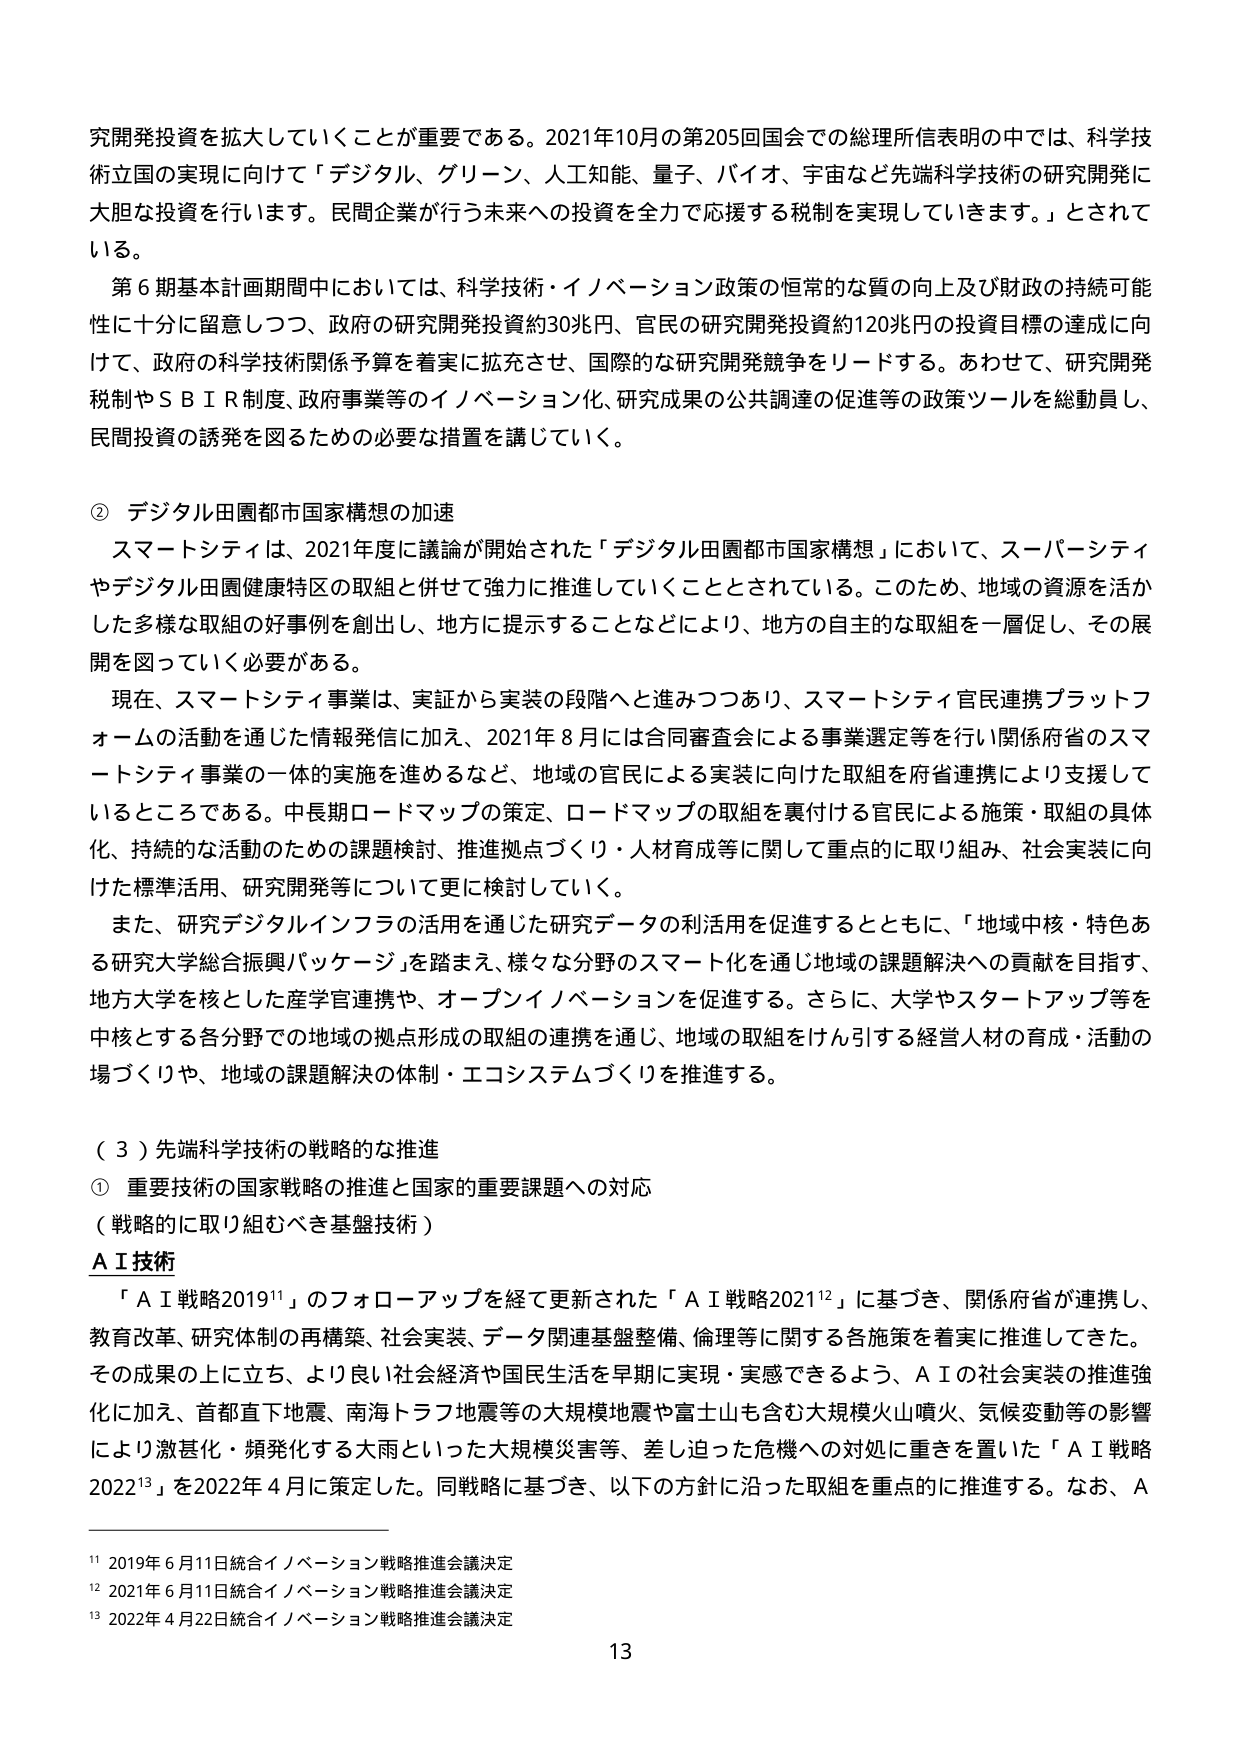
究開発投資を拡大していくことが重要である。2021年10月の第205回国会での総理所信表明の中では、科学技術立国の実現に向けて「デジタル、グリーン、人工知能、量子、バイオ、宇宙など先端科学技術の研究開発に大胆な投資を行います。民間企業が行う未来への投資を全力で応援する税制を実現していきます。」とされている。

第6期基本計画期間中においては、科学技術・イノベーション政策の恒常的な質の向上及び財政の持続可能性に十分に留意しつつ、政府の研究開発投資約30兆円、官民の研究開発投資約120兆円の投資目標の達成に向けて、政府の科学技術関係予算を着実に拡充させ、国際的な研究開発競争をリードする。あわせて、研究開発税制やＳＢＩＲ制度、政府事業等のイノベーション化、研究成果の公共調達の促進等の政策ツールを総動員し、民間投資の誘発を図るための必要な措置を講じていく。

② デジタル田園都市国家構想の加速

スマートシティは、2021年度に議論が開始された「デジタル田園都市国家構想」において、スーパーシティやデジタル田園健康特区の取組と併せて強力に推進していくこととされている。このため、地域の資源を活かした多様な取組の好事例を創出し、地方に提示することなどにより、地方の自主的な取組を一層促し、その展開を図っていく必要がある。

現在、スマートシティ事業は、実証から実装の段階へと進みつつあり、スマートシティ官民連携プラットフォームの活動を通じた情報発信に加え、2021年8月には合同審査会による事業選定等を行い関係府省のスマートシティ事業の一体的実施を進めるなど、地域の官民による実装に向けた取組を府省連携により支援しているところである。中長期ロードマップの策定、ロードマップの取組を裏付ける官民による施策・取組の具体化、持続的な活動のための課題検討、推進拠点づくり・人材育成等に関して重点的に取り組み、社会実装に向けた標準活用、研究開発等について更に検討していく。

また、研究デジタルインフラの活用を通じた研究データの利活用を促進するとともに、「地域中核・特色ある研究大学総合振興パッケージ」を踏まえ、様々な分野のスマート化を通じ地域の課題解決への貢献を目指す、地方大学を核とした産学官連携や、オープンイノベーションを促進する。さらに、大学やスタートアップ等を中核とする各分野での地域の拠点形成の取組の連携を通じ、地域の取組をけん引する経営人材の育成・活動の場づくりや、地域の課題解決の体制・エコシステムづくりを推進する。

（３）先端科学技術の戦略的な推進

① 重要技術の国家戦略の推進と国家的重要課題への対応

（戦略的に取り組むべき基盤技術）

ＡＩ技術

「ＡＩ戦略2019¹¹」のフォローアップを経て更新された「ＡＩ戦略2021¹²」に基づき、関係府省が連携し、教育改革、研究体制の再構築、社会実装、データ関連基盤整備、倫理等に関する各施策を着実に推進してきた。その成果の上に立ち、より良い社会経済や国民生活を早期に実現・実感できるよう、ＡＩの社会実装の推進強化に加え、首都直下地震、南海トラフ地震等の大規模地震や富士山も含む大規模火山噴火、気候変動等の影響により激甚化・頻発化する大雨といった大規模災害等、差し迫った危機への対処に重きを置いた「ＡＩ戦略2022¹³」を2022年4月に策定した。同戦略に基づき、以下の方針に沿った取組を重点的に推進する。なお、Ａ

¹¹ 2019年6月11日統合イノベーション戦略推進会議決定
¹² 2021年6月11日統合イノベーション戦略推進会議決定
¹³ 2022年4月22日統合イノベーション戦略推進会議決定

13